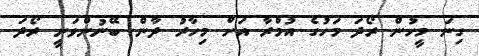
ގިނަ މީހުން ރޯދަ މަހުގެ އުމްރާ އަށް މިހާރު ދާން ބޭނުންވަނީ ރޯދަ